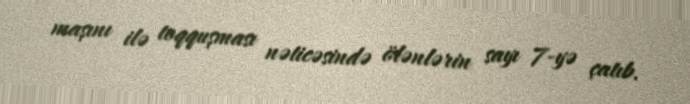
maşını ilə toqquşması nəticəsində ölənlərin sayı 7-yə çatıb.